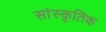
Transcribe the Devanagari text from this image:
सांस्‍कृतिक